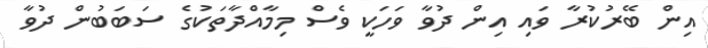
އިން ބޭރުކުރާ ވައި އިން ދުވާ ވަހަކީ ވެސް މިމާއްދާތަކުގެ ސަބަބުން ދުވާ